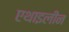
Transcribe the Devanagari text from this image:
एथाइलीन